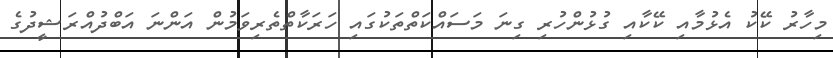
މިހާރު ކޭކު އެޅުމާއި ކޭކާއި ގުޅުންހުރި ގިނަ މަސައްކަތްތަކުގައި ހަރަކާތްތެރިވަމުން އަންނަ އަބްދުއްރަޝީދުގެ